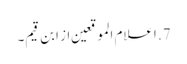
7. اعلام الموقعین از ابن قیم۔